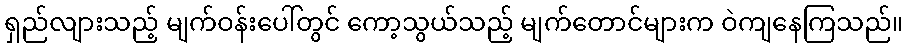
ရှည်လျားသည့် မျက်ဝန်းပေါ်တွင် ကော့သွယ်သည့် မျက်တောင်များက ဝဲကျနေကြသည်။